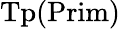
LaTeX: {\mathrm{Tp}}({\mathrm{Prim}})\,